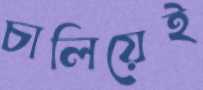
চালিয়েই